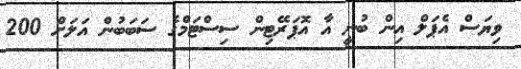
ވިޔަސް އެޕަލް އިން ބުނީ އާ އޮޕަރޭޓިން ސިސްޓަމްގެ ސަބަބުން އަލަށް 200